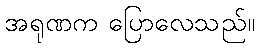
အရုဏက ပြောလေသည်။